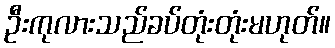
ဦးကုလားသည်ခပ်တုံးတုံးမဟုတ်။